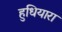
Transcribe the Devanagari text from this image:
हुधियारा